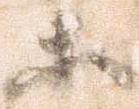
等